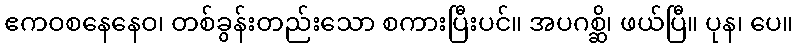
ဧကဝစနေနေဝ၊ တစ်ခွန်းတည်းသော စကားပြီးပင်။ အပဂစ္ဆိ၊ ဖယ်ပြီ။ ပုန၊ ပေ။